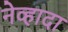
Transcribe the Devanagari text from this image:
नेव्हादा